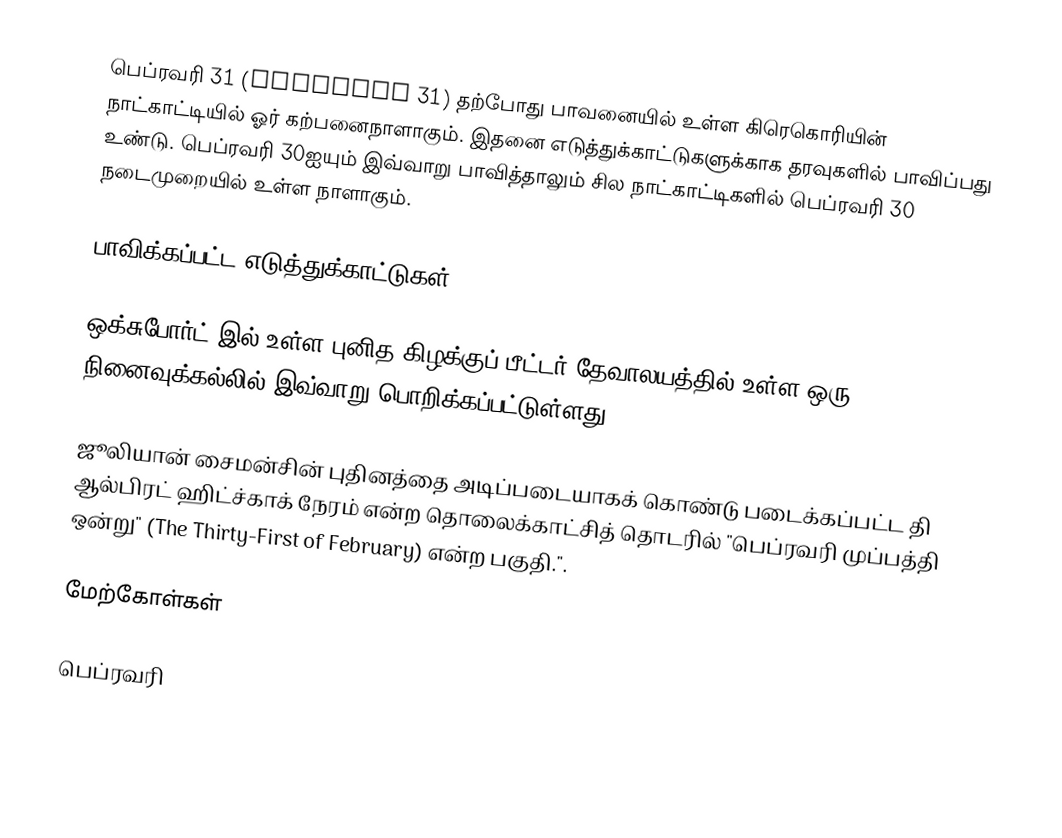
பெப்ரவரி 31 (February 31) தற்போது பாவனையில் உள்ள கிரெகொரியின் நாட்காட்டியில் ஓர் கற்பனைநாளாகும். இதனை எடுத்துக்காட்டுகளுக்காக தரவுகளில் பாவிப்பது உண்டு. பெப்ரவரி 30ஐயும் இவ்வாறு பாவித்தாலும் சில நாட்காட்டிகளில் பெப்ரவரி 30 நடைமுறையில் உள்ள நாளாகும்.

பாவிக்கப்பட்ட எடுத்துக்காட்டுகள்

 ஒக்சுபோர்ட் இல் உள்ள புனித கிழக்குப் பீட்டர் தேவாலயத்தில் உள்ள ஒரு நினைவுக்கல்லில் இவ்வாறு பொறிக்கப்பட்டுள்ளது:

ஜூலியான் சைமன்சின் புதினத்தை அடிப்படையாகக் கொண்டு படைக்கப்பட்ட தி ஆல்பிரட் ஹிட்ச்காக் நேரம் என்ற தொலைக்காட்சித் தொடரில் "பெப்ரவரி முப்பத்தி ஒன்று" (The Thirty-First of February) என்ற பகுதி.".

மேற்கோள்கள்

பெப்ரவரி